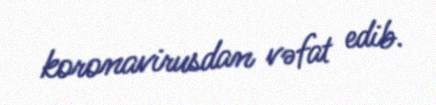
koronavirusdan vəfat edib.